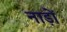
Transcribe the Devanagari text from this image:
नाड़ों